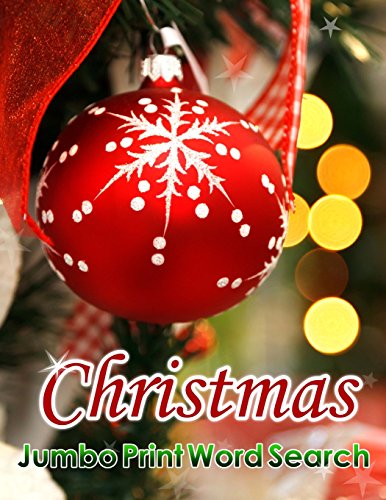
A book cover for Christmas Jumbo Print Word Search (Jumbo Print Puzzle Books); Puzzlefast; Humor & Entertainment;